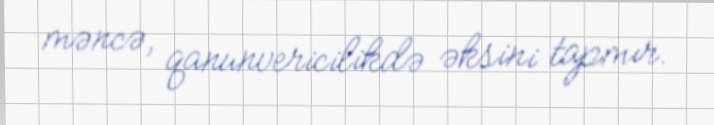
məncə, qanunvericilikdə əksini tapmır.